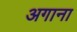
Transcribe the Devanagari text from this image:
अगाना